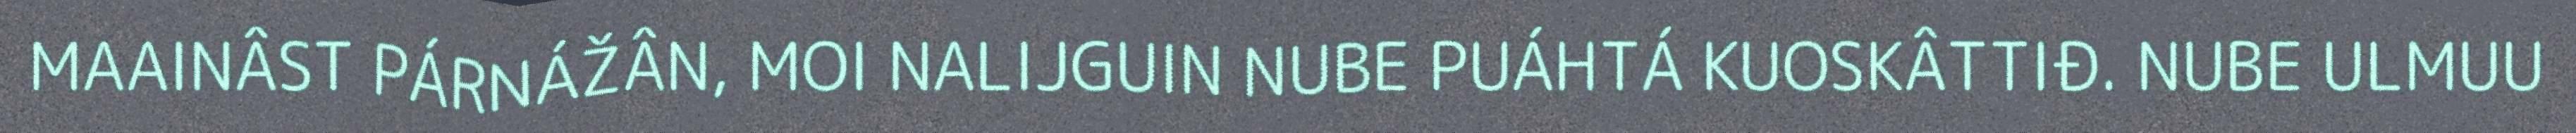
MAAINÂST PÁRNÁŽÂN, MOI NALIJGUIN NUBE PUÁHTÁ KUOSKÂTTIĐ. NUBE ULMUU